On a parasite found in persons suffering from enlargement of the spleen in India - Number 15
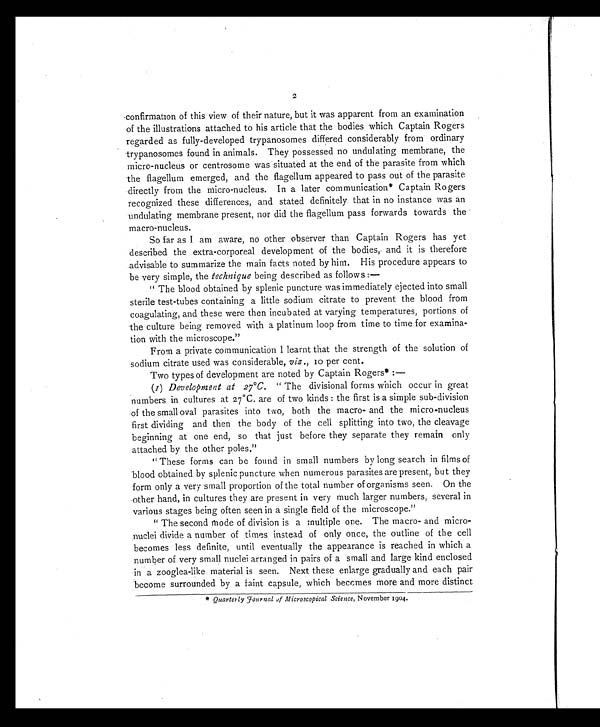
2
confirmation of this view of their nature, but it was apparent from an examination
of the illustrations attached to his article that the bodies which Captain Rogers
regarded as fully-developed trypanosomes differed considerably from ordinary
trypanosomes found in animals. They possessed no undulating membrane, the
micro-nucleus or centrosome was situated at the end of the parasite from which
the flagellum emerged, and the flagellum appeared to pass out of the parasite
directly from the micro-nucleus. In a later communication* Captain Rogers
recognized these differences, and stated definitely that in no instance was an
undulating membrane present, nor did the flagellum pass forwards towards the
macro-nucleus.
So far as I am aware, no other observer than Captain Rogers has yet
described the extra-corporeal development of the bodies, and it is therefore
advisable to summarize the main facts noted by him. His procedure appears to
be very simple, the technique being described as follows :—
"The blood obtained by splenic puncture was immediately ejected into small
sterile test-tubes containing a little sodium citrate to prevent the blood from
coagulating, and these were then incubated at varying temperatures, portions of
the culture being removed with a platinum loop from time to time for examina-
tion with the microscope."
From a private communication I learnt that the strength of the solution of
sodium citrate used was considerable, viz., 10 per cent.
Two types of development are noted by Captain Rogers* : —
(1) Development at 27°C. " The divisional forms which occur in great
numbers in cultures at 27°C. are of two kinds : the first is a simple sub-division
of the small oval parasites into two, both the macro- and the micro-nucleus
first dividing and then the body of the cell splitting into two, the cleavage
beginning at one end, so that just before they separate they remain only
attached by the other poles."
"These forms can be found in small numbers by long search in films of
blood obtained by splenic puncture when numerous parasites are present, but they
form only a very small proportion of the total number of organisms seen. On the
other hand, in cultures they are present in very much larger numbers, several in
various stages being often seen in a single field of the microscope."
"The second mode of division is a multiple one. The macro- and micro-
nuclei divide a number of times instead of only once, the outline of the cell
becomes less definite, until eventually the appearance is reached in which a
number of very small nuclei arranged in pairs of a small and large kind enclosed
in a zooglea-like material is seen. Next these enlarge gradually and each pair
become surrounded by a faint capsule, which becomes more and more distinct
* Quarterly Journal of Microscopical Science, November 1904.